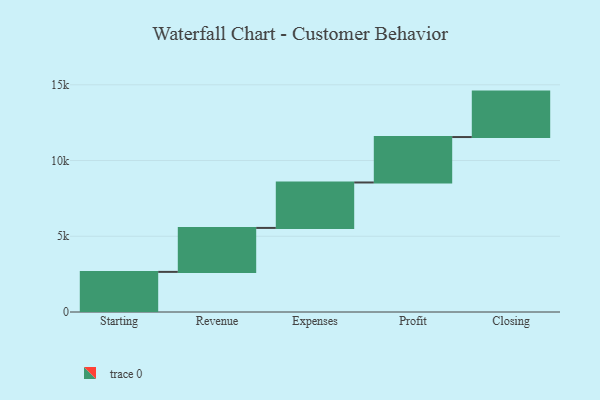
{"axis": {"x": "Step", "y": "Value"}, "legend": [""], "data": [{"x": "Starting", "y": 2649.0, "type": ""}, {"x": "Revenue", "y": 2902.0, "type": ""}, {"x": "Expenses", "y": 3000, "type": ""}, {"x": "Profit", "y": 3000, "type": ""}, {"x": "Closing", "y": 3000, "type": ""}]}